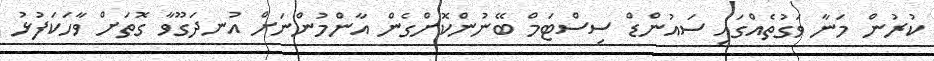
ކުރުން މަނާ ވަގުތެއްގައި ސައުންޑް ސިސްޓަމް ބޭނުންކޮށްގެން އާންމުންނަށް އުނދަގޫވާ ގޮތަށް ވާހަކަފުޅު